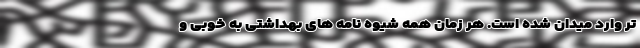
تر وارد میدان شده است. هر زمان همه شیوه نامه های بهداشتی به خوبی و